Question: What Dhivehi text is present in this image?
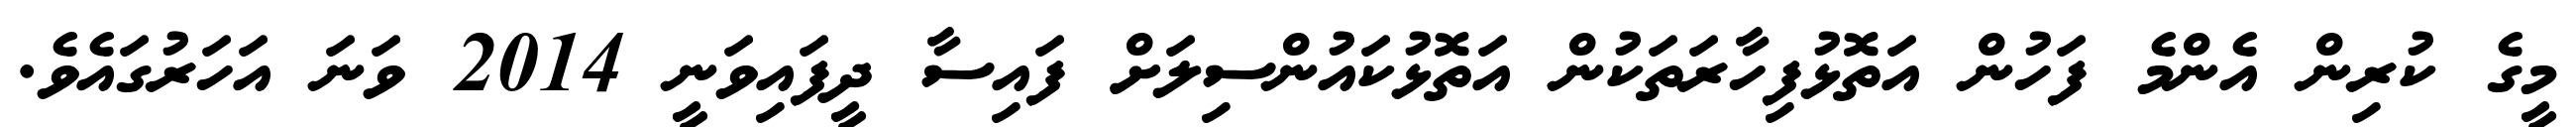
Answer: މީގެ ކުރިން އެންމެ ފަހުން އަތޮޅުފިހާރަތަކުން އަތޮޅުކައުންސިލަށް ފައިސާ ދީފައިވަނީ 2014 ވަނަ އަހަރުގައެވެ.